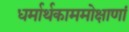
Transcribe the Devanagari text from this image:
धर्मार्थकाममोक्षाणां